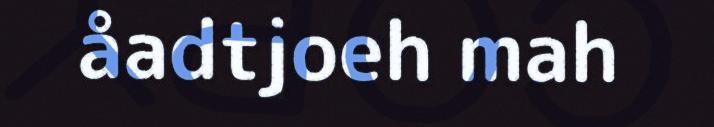
åadtjoeh mah